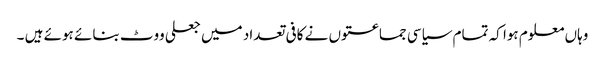
وہاں معلوم ہوا کہ تمام سیاسی جماعتوں نے کافی تعداد میں جعلی ووٹ بنائے ہوئے ہیں ۔